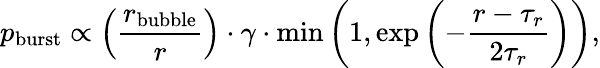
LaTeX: p_{\mathrm{burst}}\propto\left(\frac{r_{\mathrm{bubble}}}{r}\right)\cdot\gamma\cdot\operatorname*{min}\left(1,\exp\left(-\frac{r-\tau_{r}}{2\tau_{r}}\right)\right),